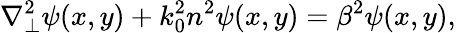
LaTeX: \nabla_{\perp}^{2}\psi(x,y)+k_{0}^{2}n^{2}\psi(x,y)=\beta^{2}\psi(x,y),